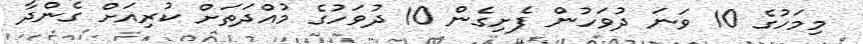
މިމަހުގެ 10 ވަނަ ދުވަހުން ފެށިގެން 10 ދުވަހުގެ މުއްދަތަށް ކުރިއަށް ގެންދާ